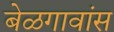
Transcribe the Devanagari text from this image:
बेळगावांस